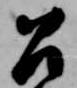
召